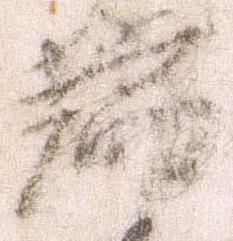
端